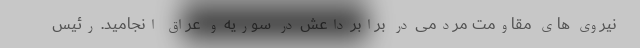
نیروی های مقاومت مردمی در برابر داعش در سوریه و عراق انجامید. رئیس